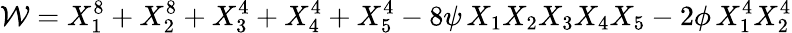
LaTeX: {\cal W}=X_{1}^{8}+X_{2}^{8}+X_{3}^{4}+X_{4}^{4}+X_{5}^{4}-8\psi\, X_{1}X_{2}X_{3}X_{4}X_{5}-2\phi\, X_{1}^{4}X_{2}^{4}